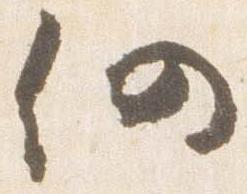
仍